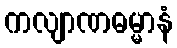
ကလျာဏဓမ္မာနံ